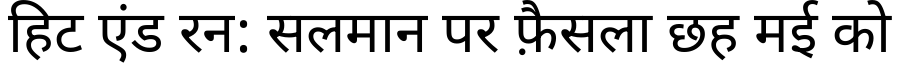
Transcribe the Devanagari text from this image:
हिट एंड रन: सलमान पर फ़ैसला छह मई को